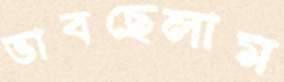
ভাবছেলাম